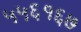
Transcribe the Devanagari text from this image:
५५६१६७